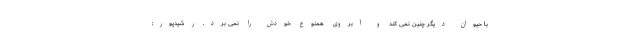
با حیوان دیگر چنین نمی کند و آبروی همنوع خودش را نمی برد. رشیدپور: